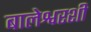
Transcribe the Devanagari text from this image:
बालेश्वरशी